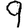
Digit: 9